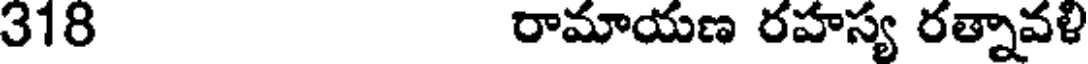
318 రామాయణ రహస్య రత్నావళి